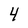
Character: 4